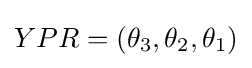
YPR=(\theta _{3},\theta _{2},\theta _{1})